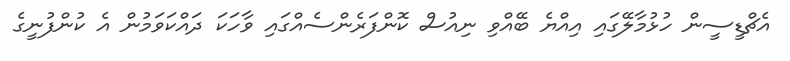
އެޗްޑީސީން ހުޅުމާލޭގައި އިއްޔެ ބޭއްވި ނިއުސް ކޮންފަރެންސެއްގައި ވާހަކަ ދައްކަވަމުން އެ ކުންފުނީގެ